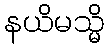
နယိမသ္မိ